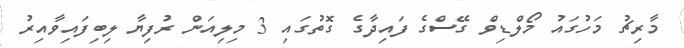
މާރިޗު މަހުގައު މޯލްޑިވް ގޭސްގެ ފައިދާގެ ގޮތުގައި 3 މިލިއަން ރުފިޔާ ލިބިފައިވާއިރު